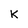
Character: k